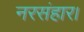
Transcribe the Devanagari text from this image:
नरसंहार।